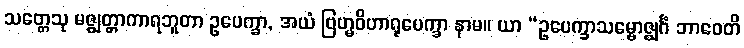
သတ္တေသု မဇ္ဈတ္တာကာရဘူတာ ဥပေက္ခာ, အယံ ဗြဟ္မဝိဟာရုပေက္ခာ နာမ။ ယာ “ဥပေက္ခာသမ္ဗောဇ္ဈင်္ဂံ ဘာဝေတိ